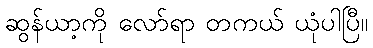
ဆွန်ယာ့ကို လော်ရာ တကယ် ယုံပါပြီ။